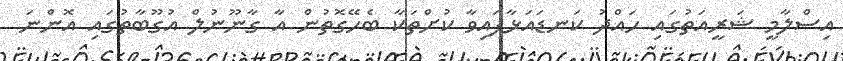
އިސްލާމީ ޝަރީއަތުގައި ހައްދު ކަނޑައަޅާފައިވާ ކުށްތަކާ ބެހޭގޮތުން އާ ގާނޫނުލް އުގޫބާތުގައި އޮންނަ